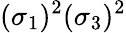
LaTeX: (\sigma_{1})^{2}(\sigma_{3})^{2}